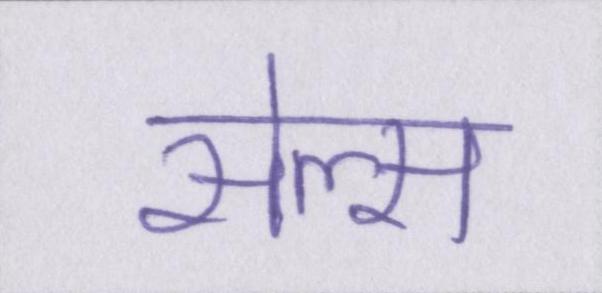
सेल्स